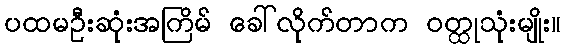
ပထမဦးဆုံးအကြိမ် ခေါ်လိုက်တာက ဝတ္ထုသုံးမျိုး။